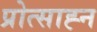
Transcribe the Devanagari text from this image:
प्रोत्साह्न